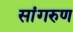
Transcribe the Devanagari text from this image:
सांगरुण